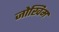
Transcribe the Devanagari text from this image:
जोखिम